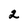
Character: 2